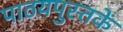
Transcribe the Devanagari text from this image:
पाठय़पुस्तकें